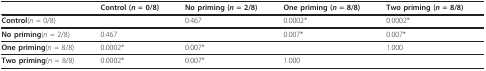
|  | Control (n = 0/8) | No priming (n = 2/8) | One priming (n = 8/8) | Two priming (n = 8/8) |
 | --- | --- | --- | --- | --- |
 | Control(n = 0/8) |  | 0.467 | 0.0002* | 0.0002* |
 | No priming(n = 2/8) | 0.467 |  | 0.007* | 0.007* |
 | One priming(n = 8/8) | 0.0002* | 0.007* |  | 1.000 |
 | Two priming(n = 8/8) | 0.0002* | 0.007* | 1.000 |  |